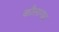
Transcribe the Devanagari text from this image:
कौलागढ़